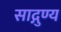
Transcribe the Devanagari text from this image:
साद्गुण्य